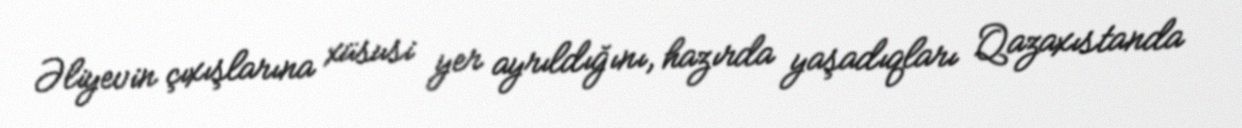
Əliyevin çıxışlarına xüsusi yer ayrıldığını, hazırda yaşadıqları Qazaxıstanda